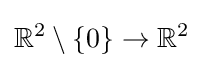
\mathbb {R} ^{2}\setminus \{0\}\to \mathbb {R} ^{2}